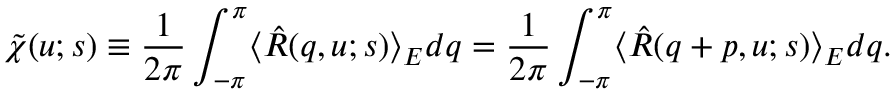
\tilde { \chi } ( u ; s ) \equiv \frac { 1 } { 2 \pi } \int _ { - \pi } ^ { \pi } \langle \hat { R } ( q , u ; s ) \rangle _ { E } d q = \frac { 1 } { 2 \pi } \int _ { - \pi } ^ { \pi } \langle \hat { R } ( q + p , u ; s ) \rangle _ { E } d q .